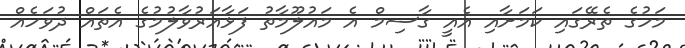
މަހުގެ ތެރޭގައި ކަމަށާއި އެއީ ގާސިމް އެ މައުލޫމާތު ފަޅާއަރުވާލުމުގެ އެތައް ދުވަހެއް